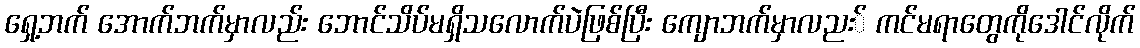
ရှေ့ဘက် အောက်ဘက်မှာလည်း ဘောင်သိပ်မရှိသလောက်ပဲဖြစ်ပြီး ကျောဘက်မှာလညး် ကင်မရာတွေကိုဒေါင်လိုက်